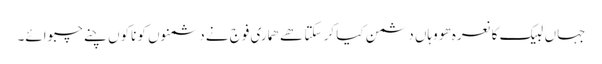
جہاں لبیک کا نعرہ ھو وہاں دشمن کیا کر سکتا ھے ھماری فوج نے دشمنوں کو ناکوں چنے چبوائے۔